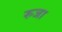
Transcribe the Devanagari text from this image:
रुजा